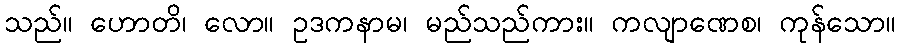
သည်။ ဟောတိ၊ လော။ ဥဒကနာမ၊ မည်သည်ကား။ ကလျာဏေစ၊ ကုန်သော။